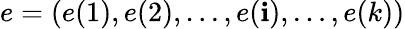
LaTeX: e=(e(1),e(2),\ldots,e(\mathbf{i}),\ldots,e(k))